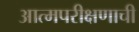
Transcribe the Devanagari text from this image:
आत्मपरीक्षणाची